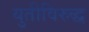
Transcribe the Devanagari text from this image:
युतीविरुद्ध